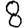
Digit: 8